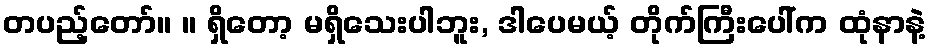
တပည့်တော်။ ။ ရှိတော့ မရှိသေးပါဘူး, ဒါပေမယ့် တိုက်ကြီးပေါ်က ထုံနာနဲ့